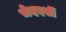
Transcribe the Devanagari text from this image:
भेददर्शी